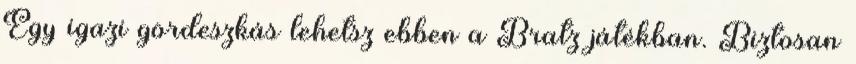
Egy igazi gördeszkás lehetsz ebben a Bratz játékban. Biztosan